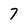
Character: 7